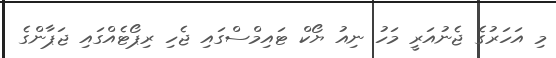
މި އަހަރުގެ ޖެނުއަރީ މަހު ނިއު ޔޯކް ޓައިމްސްގައި ޖެހި ރިޕޯޓެއްގައި ޖަޕާންގެ